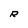
Character: R